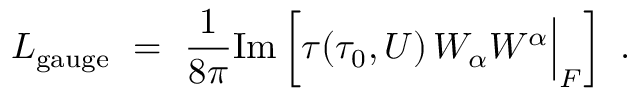
{ \cal L } _ { \mathrm { g a u g e } } \ = \ { \frac { 1 } { 8 \pi } } \mathrm { I m } \left[ \tau ( \tau _ { 0 } , U ) \, W _ { \alpha } W ^ { \alpha } \Big | _ { F } \right] \ .